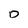
Character: D